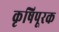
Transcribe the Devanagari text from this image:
कृषिपूरक